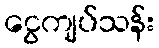
ငွေကျပ်သန်း